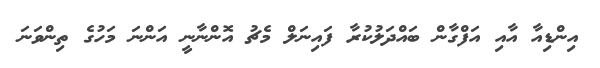
އިންޑިއާ އާއި އަފްގާން ބައްދަލުކުރާ ފައިނަލް މެޗު އޮންނާނީ އަންނަ މަހުގެ ތިންވަނަ